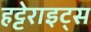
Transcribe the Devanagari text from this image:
हट्टेराइट्स